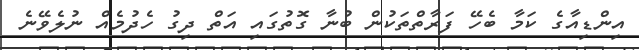
އިންޑިއާގެ ކަމާ ބެހޭ ފަރާތްތަކުން ބުނާ ގޮތުގައި އަތް ދިގު ހެދުމެއް ނުލެވޭނެ